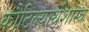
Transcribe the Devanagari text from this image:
कौटिल्यार्थशास्त्र